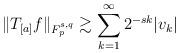
LaTeX: \begin{align*}\Vert T_{[a]}f\Vert_{F_{p}^{s,q}}\gtrsim \sum_{k=1}^{\infty}{2^{-sk}|v_k|}\end{align*}